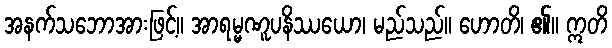
အနက်သဘောအားဖြင့်။ အာရမ္မဏူပနိဿယော၊ မည်သည်။ ဟောတိ၊ ၏။ ဣတိ